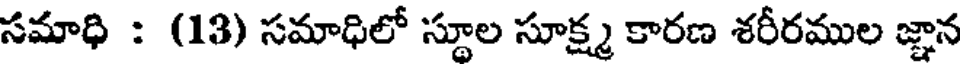
సమాధి : (13) సమాధిలో స్థూల సూక్ష్మ కారణ శరీరముల జ్ఞాన